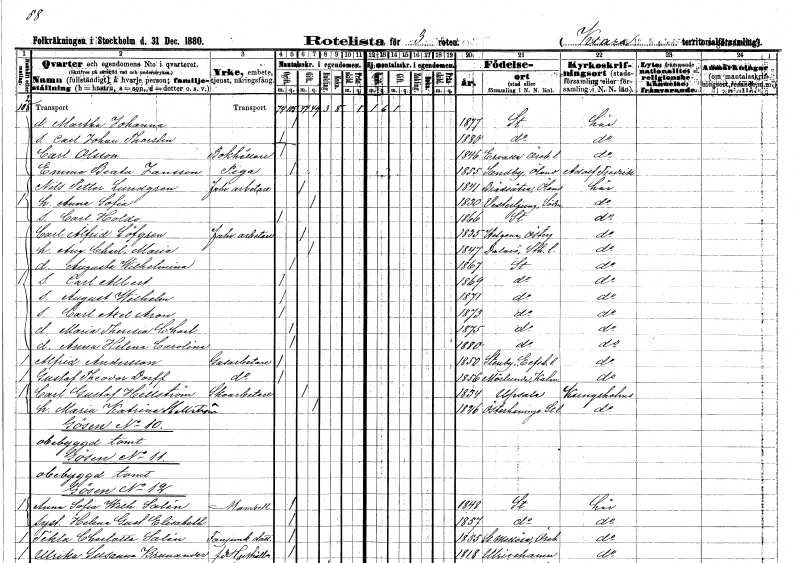
gt_parse: households: individuals: FN: Martha Johanna
KON: K
CIV: O
FODAR: 1877
FODFORS: Stockholm
FN: Carl Johan Thorsten
KON: M
CIV: O
FODAR: 1880
FODFORS: Stockholm
FN: Carl
EN: Olsson
YRKE: Bokhållare
KON: M
CIV: O
FODAR: 1846
FODFORS: Ervalla Örebro län
FN: Emma Beata
EN: Jansson
YRKE: Piga
KON: K
CIV: O
FODAR: 1855
FODFORS: Sandby Kalmar län
FN: Nils Petter
EN: Lundgren
YRKE: Fabriksarbetare
KON: M
CIV: G
FODAR: 1841
FODFORS: Bredsätra Kalmar län
FN: Anna Sofia
KON: K
CIV: G
FODAR: 1830
FODFORS: Västerljung Södermanlands län
FN: Carl Holdo
KON: M
CIV: O
FODAR: 1866
FODFORS: Stockholm
FN: Carl Alfrid
EN: Löfgren
YRKE: Fabriksarbetare
KON: M
CIV: G
FODAR: 1835
FODFORS: Helgona Östergötlands län
FN: Augusta Charlotta Maria
KON: K
CIV: G
FODAR: 1847
FODFORS: Dalarö Stockholms län
FN: Augusta Wilhelmina
KON: K
CIV: O
FODAR: 1867
FODFORS: Stockholm
FN: Carl Albert
KON: M
CIV: O
FODAR: 1869
FODFORS: Stockholm
FN: August Wilhelm
KON: M
CIV: O
FODAR: 1871
FODFORS: Stockholm
FN: Carl Axel Aron
KON: M
CIV: O
FODAR: 1873
FODFORS: Stockholm
FN: Maria Theresia Charlotta
KON: K
CIV: O
FODAR: 1875
FODFORS: Stockholm
FN: Anna Helena Carolina
KON: K
CIV: O
FODAR: 1880
FODFORS: Stockholm
FN: Alfrid
EN: Andersson
YRKE: Gasarbetare
KON: M
CIV: O
FODAR: 1850
FODFORS: Steneby Älvsborgs län
FN: Gustaf Theodor
EN: Dorff
YRKE: Gasarbetare
KON: M
CIV: O
FODAR: 1856
FODFORS: Mörlunda Kalmar län
FN: Carl Gustaf
EN: Hellström
YRKE: Skoarbetare
KON: M
CIV: G
FODAR: 1834
FODFORS: Uppsala Uppsala län
FN: Maria Katrina
EN: Hellström
KON: K
CIV: G
FODAR: 1826
FODFORS: Österhaninge Stockholms län
FN: Anna Sofia Wilhelmina
EN: Salén
KON: K
CIV: O
FODAR: 1848
FODFORS: Stockholm
FN: Helena Gustafva Elisabeth
KON: K
CIV: O
FODAR: 1857
FODFORS: Stockholm
FN: Tekla Charlotta
EN: Salén
YRKE: Fanjunkaredotter
KON: K
CIV: O
FODAR: 1855
FODFORS: Stora Mellösa Örebro län
FN: Ulrika Susanna
EN: Brunander
YRKE: Hushållerska f.d.
KON: K
CIV: O
FODAR: 1818
FODFORS: Ulricehamn Älvsborgs län